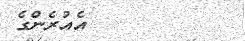
٦٤         އެއުރެންގެ